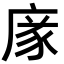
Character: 𢉭